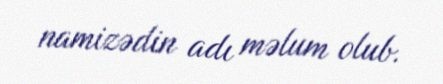
namizədin adı məlum olub.